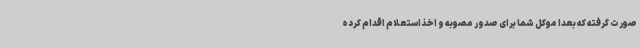
صورت گرفته که بعدا موکل شما برای صدور مصوبه و اخذ استعلام اقدام کرده